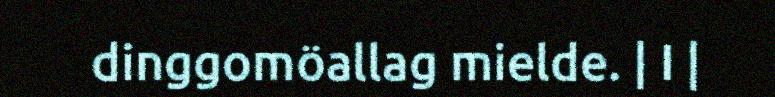
dinggomöallag mielde. | I |